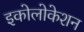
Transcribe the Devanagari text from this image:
इकोलोकेशन